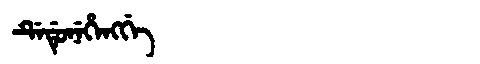
Manchu: ᡩᡝᡩᡠᠨᡝᡥᡝᠩᡤᡝ
Romanization: DEDUNEHENGGE